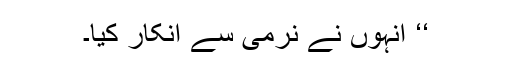
‘‘ انہوں نے نرمی سے انکار کیا۔